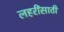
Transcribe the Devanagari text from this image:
लहरींसाठी